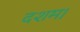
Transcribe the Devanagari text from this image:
दशम।